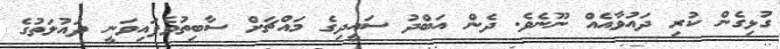
ގުޅިގެން ކުރި ދައުވާއެއް ނޫނެވެ. ދެން އަބްދު ސައީދިގެ މައްޗަށް ސާބިތުވެފައިވަނީ ދައުލަތުގެ